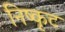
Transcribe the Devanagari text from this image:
निष्कृट